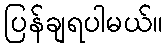
ပြန်ချရပါမယ်။